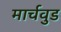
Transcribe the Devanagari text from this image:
मार्चवुड